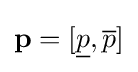
\mathbf {p} =[{\underline {p}},{\overline {p}}]